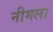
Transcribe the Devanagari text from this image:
नीमला